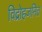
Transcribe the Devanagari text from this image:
विद्रोहजनित